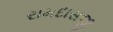
રામદાસજી